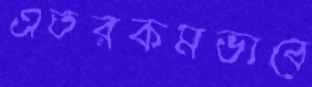
এতরকমভাবে